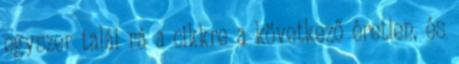
egyszer talál rá a cikkre a következő éretlen, és